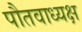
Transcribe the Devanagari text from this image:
पौतवाध्यक्ष